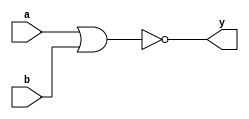
module nor_gate(y,a,b);
  input a, b;
  output y;
  nor no1(y,a,b);
endmodule